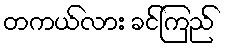
တကယ်လား ခင်ကြည်